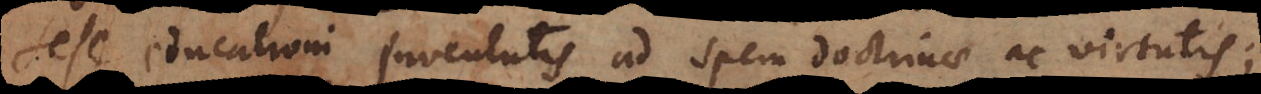
sese educationi juventutis ad spem doctrinae ac virtutis;